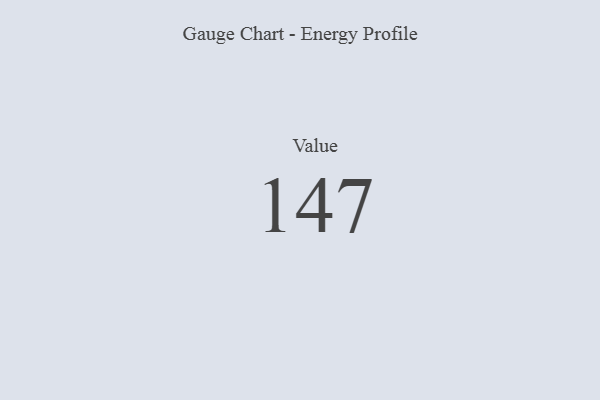
{"axis": {"x": "Metric", "y": "Value"}, "legend": [""], "data": [{"x": "Value", "y": 147, "type": ""}]}